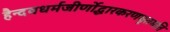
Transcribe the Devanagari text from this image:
हैन्दवधर्मजीर्णोद्धारकरणघृतमति